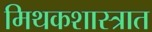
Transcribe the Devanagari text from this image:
मिथकशास्त्रात